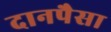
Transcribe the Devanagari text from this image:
दानपैसा